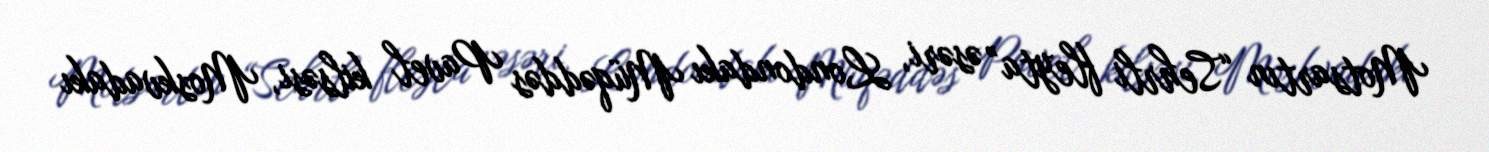
Motsartın “Sehrli fleyta” əsəri, Londondakı Müqəddəs Pavel kilsəsi, Moskvadakı